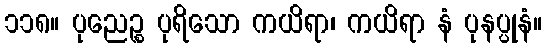
၁၁၈။ ပုညေဉ္စ ပုရိသော ကယိရာ၊ ကယိရာ နံ ပုနပ္ပုနံ။